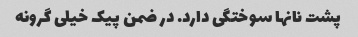
پشت نانها سوختگی دارد. در ضمن پیک خیلی گرونه